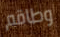
وطاقم